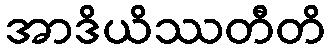
အာဒိယိဿတီတိ